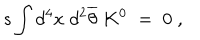
s \int d ^ { 4 } x \; d ^ { 2 } \overline { { { \theta } } } \; K ^ { 0 } { { \; } } = \; 0 \; ,